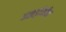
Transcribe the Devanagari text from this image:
हाइड्रोजीन